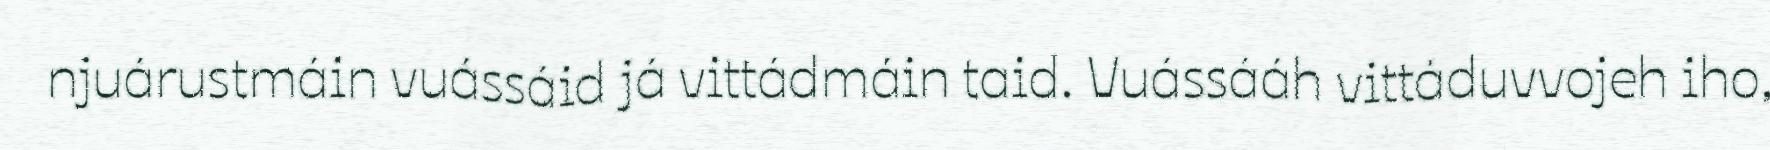
njuárustmáin vuássáid já vittádmáin taid. Vuássááh vittáduvvojeh iho,